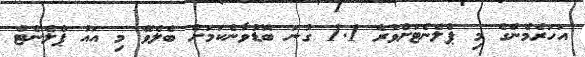
އަހަރެމެންގެ މި ޕްލެނެޓަށްވުރެ 1.1 ގުނަ ބޮޑުވާނެކަމަށް ބެލެވޭ މި އައު ޕްލެނެޓް